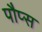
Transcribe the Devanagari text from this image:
पौप्स